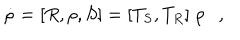
\dot { \rho } = [ R , \rho , S ] = [ T _ { S } , T _ { R } ] \; \rho ,